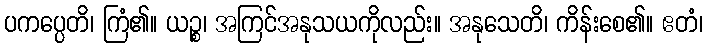
ပကပ္ပေတိ၊ ကြံ၏။ ယဉ္စ၊ အကြင်အနုသယကိုလည်း။ အနုသေတိ၊ ကိန်းစေ၏။ ဧတံ၊